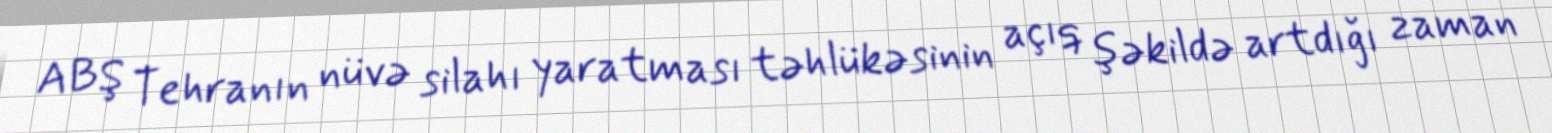
ABŞ Tehranın nüvə silahı yaratması təhlükəsinin açıq şəkildə artdığı zaman